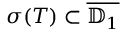
\sigma ( T ) \subset { \overline { { \mathbb { D } _ { 1 } } } }